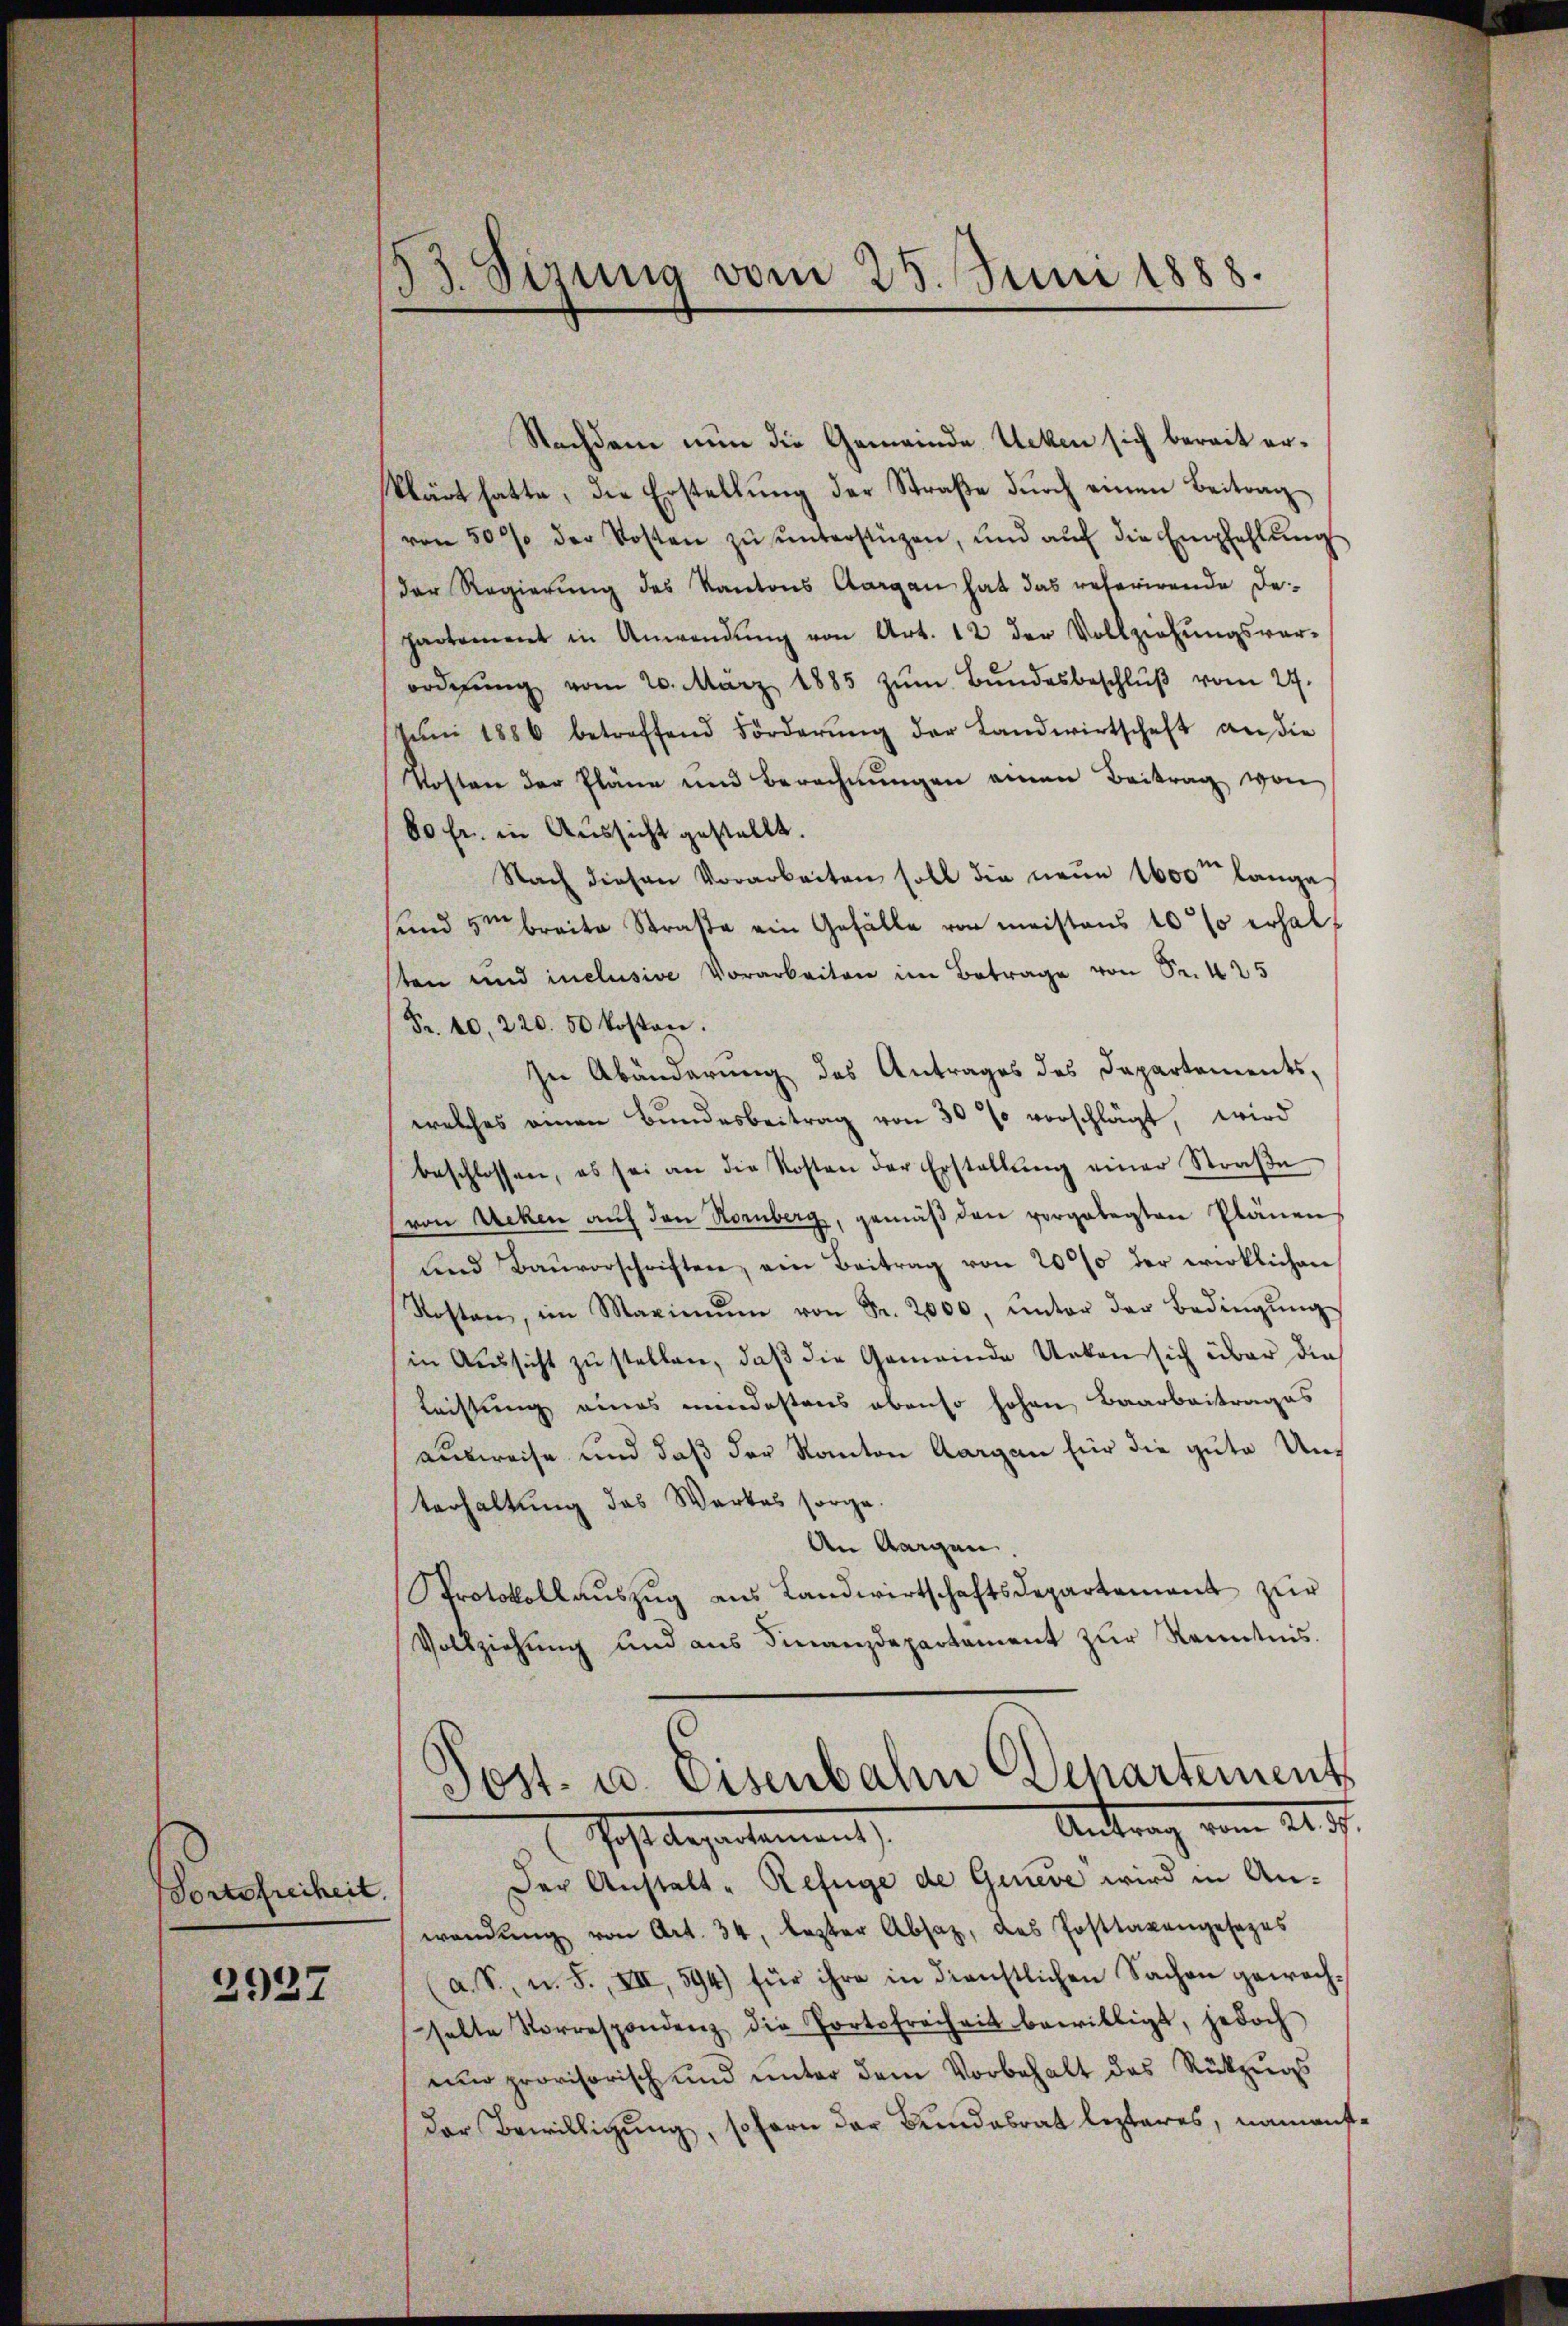
Portofreiheit.

2927

33. Sizung vom 25. Juni 1888.

Nachdem nun die Gemeinde Unken sich bereit erklärt hatte, die Erstellung der Straße durch einen Beitrag
von 50 % der Kosten zŭ ŭnterstüzen, und aŭf die Empfehlŭng
der Regierung des Kantons Aargau hat das referirende De-
partement in Anwendŭng von Art. 12 der Vollziehŭngsver-
ordnŭng vom 20. März 1885 zŭm Bŭndesbeschlŭβ vom 27.
Jŭni 1886 betreffend Förderŭng der Landwirtschaft an die
Kosten der Pläne und Berechnŭngen einen Beitrag von
80 fr. in Aussicht gestellt.
Nach diesen Vorarbeiten soll die neue 1600te lange
und im breite Straβe ein Gefälle von meistens 10 % erhalten und inclusive Vorarbeiten im Betrage von Fr. 425
Fr. 40, 220. 50 kosten.
In Abänderung des Antrages des Departements,
welches einen Bundesbeitrag von 30% vorschlägt, wird
beschlossen, es sei an die Kosten der Erstellŭng einer Straβe
von Acken aŭf den Hornberg, gemäβ den vorgelegten Plänen
fend Baŭvorschriften, ein Beitrag von 2000 der wirklichen
Kosten, im Maximŭm von Fr. 2000, unter der Bedingŭng
(in Aussicht zu stellen, daß die Gemeinde Unken sich über die
Leistung eines mindestens ebenso hohen Baarbeitrages
ausweise und daß der Kanton Aargau für die gute Unterhaltung des Werkes sorge
An Morgen.
Protokoll aŭszŭg aŭs Landwirtschaftsdepartamant zŭr
Vollziehŭng und aŭs Finanzdepartament zŭr Kenntnis.
Post- u. Eisenbahn Departement
Antrag vom 22. 7.
Post begestament
Der Anstalt - Refüge de Geneve wird in Anwendŭng von Art. 34, lezter Absatz, das Posttaxengesezes
a. S., n. F., XII, 594) für ihre in dienstlichen Sachen gewachselte Korrespondenz die Portofreiheit bewilligt, jedoch
d
uno provisorisch und unter dem Vorbehalt des Rückzugs
der Bewilligung, sofern der Bundesrat lezteres, namenst,